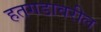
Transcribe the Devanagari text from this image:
हतगडावरील